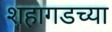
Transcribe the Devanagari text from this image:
शहागडच्या